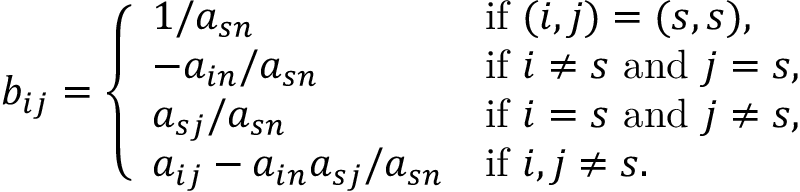
b _ { i j } = \left\{ \begin{array} { l l } { 1 / a _ { s n } } & { \mathrm { i f ~ } ( i , j ) = ( s , s ) , } \\ { - a _ { i n } / a _ { s n } } & { \mathrm { i f ~ } i \neq s \mathrm { ~ a n d ~ } j = s , } \\ { a _ { s j } / a _ { s n } } & { \mathrm { i f ~ } i = s \mathrm { ~ a n d ~ } j \neq s , } \\ { a _ { i j } - a _ { i n } a _ { s j } / a _ { s n } } & { \mathrm { i f ~ } i , j \neq s . } \end{array} \right.